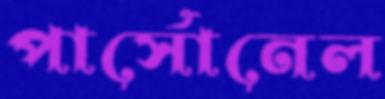
পার্সোনেল